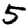
Digit: 5